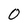
Character: 0